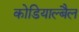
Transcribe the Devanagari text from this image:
कोडियाल्बैल